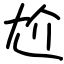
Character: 尬